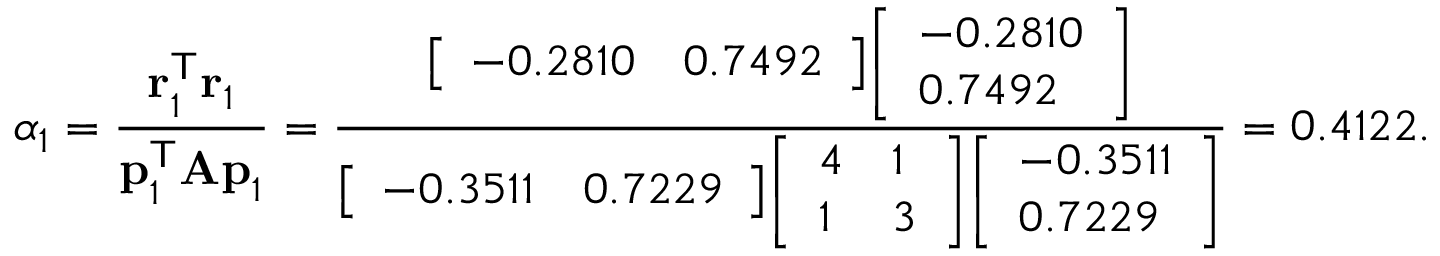
\alpha _ { 1 } = { \frac { \mathbf { r } _ { 1 } ^ { \mathsf { T } } \mathbf { r } _ { 1 } } { \mathbf { p } _ { 1 } ^ { \mathsf { T } } \mathbf { A p } _ { 1 } } } = { \frac { { \left[ \begin{array} { l l } { - 0 . 2 8 1 0 } & { 0 . 7 4 9 2 } \end{array} \right] } { \left[ \begin{array} { l } { - 0 . 2 8 1 0 } \\ { 0 . 7 4 9 2 } \end{array} \right] } } { { \left[ \begin{array} { l l } { - 0 . 3 5 1 1 } & { 0 . 7 2 2 9 } \end{array} \right] } { \left[ \begin{array} { l l } { 4 } & { 1 } \\ { 1 } & { 3 } \end{array} \right] } { \left[ \begin{array} { l } { - 0 . 3 5 1 1 } \\ { 0 . 7 2 2 9 } \end{array} \right] } } } = 0 . 4 1 2 2 .